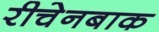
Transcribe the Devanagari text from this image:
रीचेनबाक